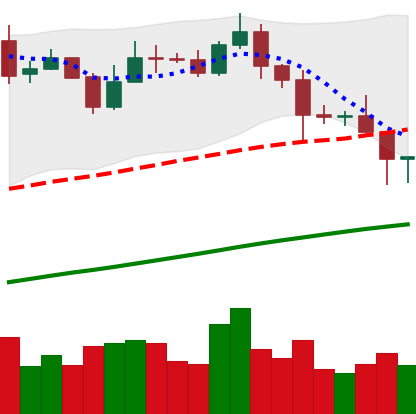
Ticker: BNB-USD
Chart end date: 2020-11-04
Forward return: 4.034%
Label: up_3_5